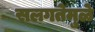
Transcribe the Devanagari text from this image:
सलगतेमुळे